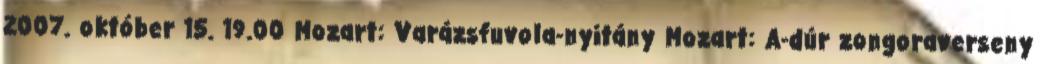
2007. október 15. 19.00 Mozart: Varázsfuvola-nyitány Mozart: A-dúr zongoraverseny